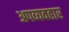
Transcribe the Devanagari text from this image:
अपव्यवहार